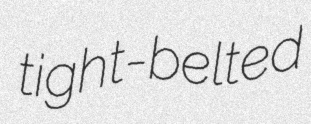
tight-belted